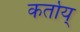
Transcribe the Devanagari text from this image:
कर्तोय्